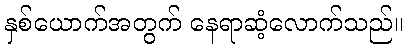
နှစ်ယောက်အတွက် နေရာဆံ့လောက်သည်။